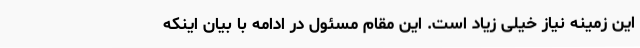
این زمینه نیاز خیلی زیاد است. این مقام مسئول در ادامه با بیان اینکه